King Institute of Preventive Medicine Micro-Biological Section reports 1909-11
Year: 1909
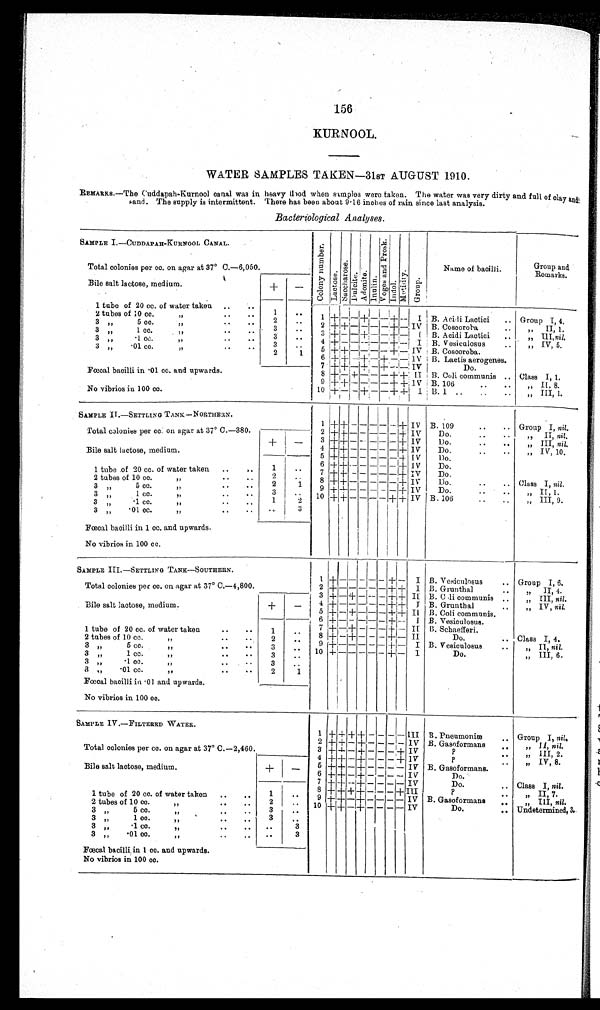
156
KURNOOL.
WATER SAMPLES TAKEN—31ST AUGUST 1910.
REMARKS.—The Cuddapah −Kurnool canal was in heavy flood when samples were taken. The water was very dirty and full of clay and:
sand. The supply is intermittent. There has been about 9·16 inches of rain since last analysis.
Bacteriological Analyses.
SAMPLE I.—CUDDAPAH−KURNOOL CANAL
C o l o n y n u m b e r .
Lactose.Sacchar os e.Dul ci t e.Adoni t e.Inulin.Vo g e s a n d P r o s k . Indol.Mot i l i t y.Group.
Name of bacilli.
Group and.
Remarks.
Total colonies per cc. on agar at 37° C.—6,050.
Bile salt lactose, medium.
+
−
1 tube of 20 cc. of water taken
1
1
+ − − + − − + −
I B. Acidi Lactici
Group I, 4.
2 tubes of 10 cc. ,,
2
3 ,, 5 cc. ,,
3
2
+ + − − − − + − IV B. Coscoroba
,, II,1.
3 ,, 1 cc. ,,
3
3 + − − + − − + −
I B. Acidi Lactici
„ III nil.
3 ,, ·1 cc. ,,
3
4 + − − − − − + −
I B. Vesiculosus
,, IV, 5.
3 ,, ·01 cc. ,,
2
1
5 + + − − − − + − IV B. Coscoroba.
Fœcal bacilli in ·01 cc. and upwards.
6 + + − + − + − − 1V B. Lactis aerogenes.
7 + + − + − + − − IV
Do.
8 + − + − − − + + II B. Coli communis
Class I, 1.
No vibrios in 100 cc.
9 + + − − − − + + IV B. 106
,, II. 8.
10
+ − − + − − + +
I
B. I
„ III, 1.
SAMPLE II—SETTLING TANK — NORTHERN.
1
+ + − − − − − +
IV B. 109
Group I, nil.
Total colonies per cc. on agar at 37° C.—380.
+
−
2 + + − − − − − + IV
Do.
,, II, nil.
3 + + − − − − − + IV
Do.
,, III, nil.
Bile salt lactose, medium.
4
+ + − − − − − + IV
Do.
,, IV, 10.
5 + + − − − − − + IV
Do.
6 + + − − − − − + IV
Do.
1 tube of 20 cc. of water taken
1
7 + + − − − − − + IV
Do.
2 tubes of 10 cc. ,,
2
8 + + − − − − − + IV
Do.
Class I, nil .
3 ,, 5 cc. ,,
2
9 + + − − − − − + IV
Do.
,, II, 1.
3 ,, 1 cc. ,,
3
10 + + − − − − + + IV B. 106
,, III, 9.
3 ,, ·1 cc. ,,
1
2
3 ,, ·01 cc. ,,
3
Fœcal bacilli in 1 cc. and upwards.
No vibrios in 100 cc.
SAMPLE III.—SETTLING TANK—SOUTHERN.
1
+ − − − − − + −
I B. Vesiculosus
Group I, 6.
Total colonies per cc. on agar at 37° C.
—4,800.
2 + − − − − − + +
I B. Grunthal
,, II,4.
3 + − + − − − + + II B. Coli communis
,, III, nil.
4 + − − − − − + +
I B. Grunthal
,, IV, nil.
Bile salt lactose, medium.
+
−
5
+ − + − − − + + II
B. Co l i c o mmu n i s .
6
+ − − − − − + −
I B. Vesiculosus.
1 tube of 20 cc. of water taken
1
7 + − + − − − + − II B. Schaefferi.
2 tubes of 10 cc. ,,
2
8 + − + − − − + −
II
Do.
Class I, 4.
3 ,, ·5 cc. ,,
3
9 + − − − − − + −
I B. Vesiculosus
,, II, nil.
3 ,, 1 cc. ,,
3
10 + − − − − − + −
I
Do.
„ III, 6.
3 ,, ·1 cc. ,,
3
3 ,, ·01 cc. ,,
2
1
Fœcal bacilli in ·01 and upwards.
No vibrios in 100 cc.
SAMPLE IV .— FILTERED WATER.
1
+ + + + − − − −
III B. Pneumoniæ
Group I, nil.
Total colonies per cc. on agar at 37° C.
—2,460.
2 + + − + − − − − IV B. Gasoformans
,, II, ni l .
3 + + − + − − − + IV
?
,, III, 2.
4 + + − + − − − + IV
?
,, IV, 8.
Bile salt lactose, medium.
+
−
5 + + − + − − − − IV B. Gasoformans.
6 + + − + − − − − IV
Do.
7
+ + − + − − − − IV
Do.
Class I, nil.
8 + + + + − − − + III
?
,, II, 7.
1 tube of 20 cc. of water taken
1
9 + + − + − − − − IV B. Gasoformans
,, III, nil.
2 tubes of 10 cc. ,,
2
10 + + − + − − − − IV
Do.
Undetermined 3
.
3 ,, 5 cc. ,,
3
3 ,, 1 cc. ,,
3
3 ,, ·1 cc. ,,
3
3 ,, ·01 cc. ,,
3
Fœcal bacilli, in 1 cc. and upwards.
No vibrios in 100 cc.